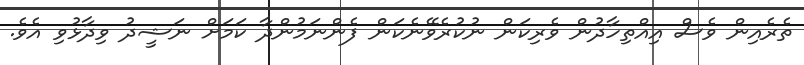
ތެރެއިން ވެސް އިއްތިހާދުން ވެރިކަން ނުކުރެވޭނެކަން ފެންނަމުންދާ ކަމަށް ނަޝީދު ވިދާޅުވި އެވެ.